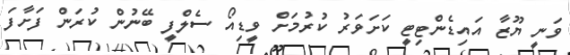
ވަނީ ޔޫޒާ އައިޑެންޓިޓީ ކަށަވަރު ކުރުމަށް ވީޑިއޯ ސެލްފީ ބޭނުން ކުރަން ފަށާފަ